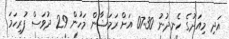
އަދި މިއަދުގެ ހެނދުނު 07:30 އަށް ރަމަޟާން މަހުން 29 ދުވަސް ފުރިހަމަ